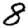
Digit: 8